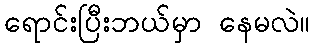
ရောင်းပြီးဘယ်မှာ နေမလဲ။